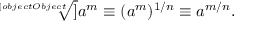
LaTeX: { \sqrt [ [object Object] ] { a ^ { m } } } \equiv ( a ^ { m } ) ^ { 1 / n } \equiv a ^ { m / n } .